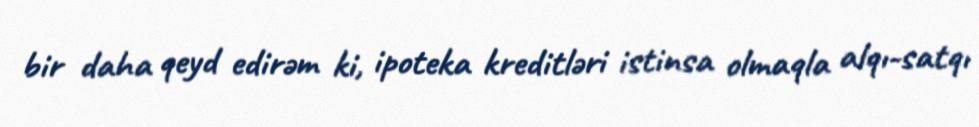
bir daha qeyd edirəm ki, ipoteka kreditləri istinsa olmaqla alqı-satqı